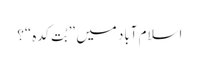
اسلام آباد میں ”بُت کدہ“؟